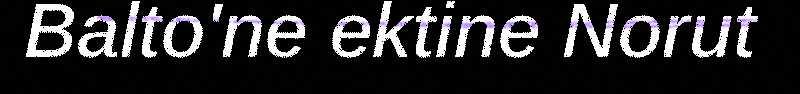
Balto'ne ektine Norut